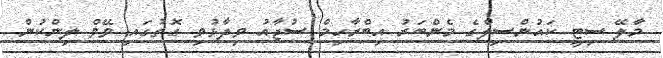
މާލޭ ސިޓީ ކައުންސިލްގެ މެންބަރު އިބްރާހިމް ސުޖާއު ވިދާޅުވި ގޮތުގައި ވޭވް ލިންކުން